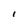
Character: I